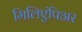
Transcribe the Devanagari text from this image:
मिलिएंपिअर